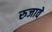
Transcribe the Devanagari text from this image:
रुजावे